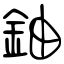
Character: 鈾